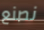
نصنع